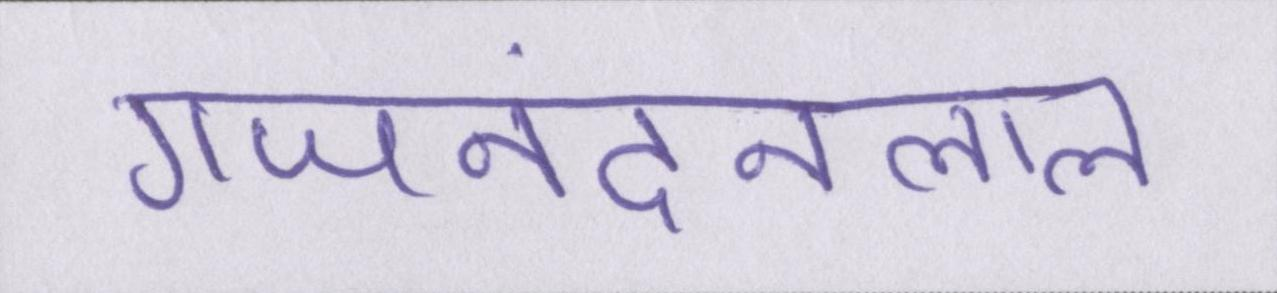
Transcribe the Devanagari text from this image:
गजनंदनलाल